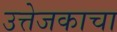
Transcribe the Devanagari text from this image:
उत्तेजकाचा